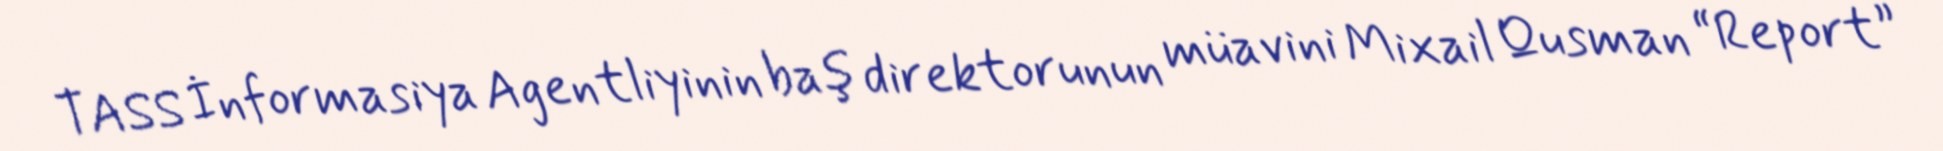
TASS İnformasiya Agentliyinin baş direktorunun müavini Mixail Qusman “Report”